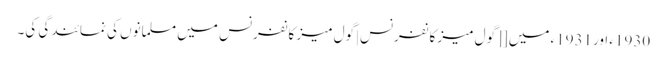
1930ء اور1931ء میں [[گول میز کانفرنس|گول میز کانفرنس میں مسلمانوں کی نمائندگی کی۔